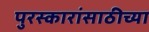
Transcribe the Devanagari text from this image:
पुरस्कारांसाठीच्या